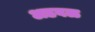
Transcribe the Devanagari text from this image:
अडवळ